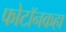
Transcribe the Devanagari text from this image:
फोटॉनकहा